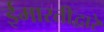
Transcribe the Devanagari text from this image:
ईमारतीद्वारे